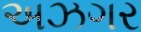
અઝગર